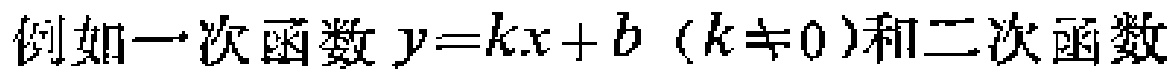
例如一次函数\(y = kx + b\ (k\neq0)\)和二次函数